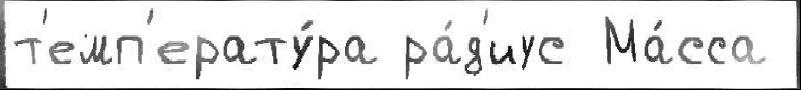
т'емп'ерату́ра ра́д'иус Ма́сса